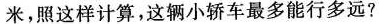
米，照这样计算，这辆小轿车最多能行多远?